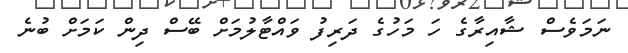
ނަމަވެސް ޝާއިރާގެ ހަ މަހުގެ ދަރިފު ވައްޓާލުމަށް ބޭސް ދިން ކަމަށް ބުނެ